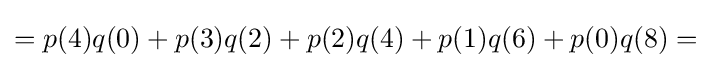
=p(4)q(0)+p(3)q(2)+p(2)q(4)+p(1)q(6)+p(0)q(8)=